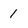
Character: 1